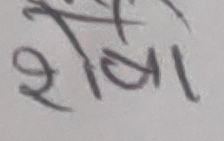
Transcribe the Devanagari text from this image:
शेषा